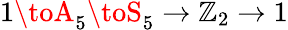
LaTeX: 1\toA_{5}\toS_{5}\to\mathbb{Z}_{2}\to1